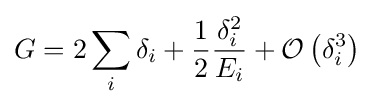
G=2\sum _{i}\delta _{i}+{\frac {1}{2}}{\frac {\delta _{i}^{2}}{E_{i}}}+{\mathcal {O}}\left(\delta _{i}^{3}\right)~